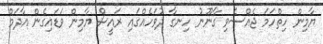
ޔާމިން ހިތްހަމަ ޖެއްސެވި ގާނޫނު ހިނގާ ދުވަހެއްގައި ރައީސް ޔާމިން ވަޑައިގެން އާދަމް